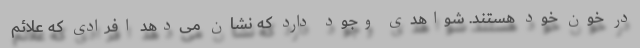
در خون خود هستند. شواهدی وجود دارد که نشان می‌دهد افرادی که علائم